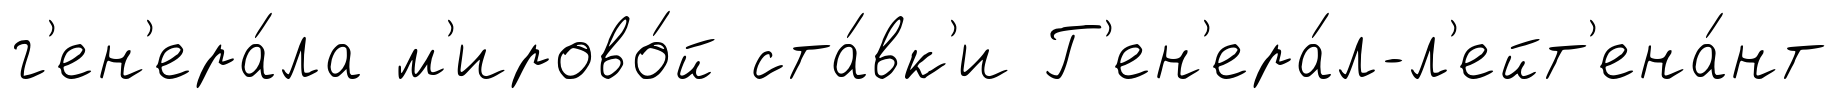
г'ен'ера́ла м'ирово́й ста́вк'и Г'ен'ера́л-л'ейт'ена́нт